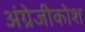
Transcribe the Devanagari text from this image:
अंग्रेजीकोश